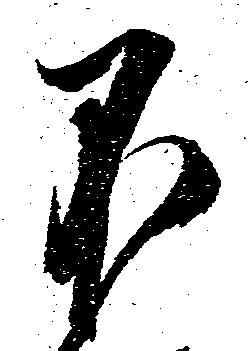
不